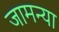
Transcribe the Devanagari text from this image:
जामन्या